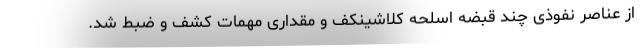
از عناصر نفوذی چند قبضه اسلحه کلاشینکف و مقداری مهمات کشف و ضبط شد.